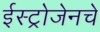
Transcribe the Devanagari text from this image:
ईस्ट्रोजेनचे